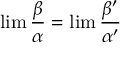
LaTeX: \operatorname* { l i m } { \frac { \beta } { \alpha } } = \operatorname* { l i m } { \frac { \beta ^ { \prime } } { \alpha ^ { \prime } } }